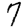
Digit: 7